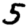
Digit: 5